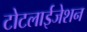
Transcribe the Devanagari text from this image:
टोटलाईजेशन